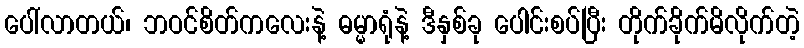
ပေါ်လာတယ်၊ ဘဝင်စိတ်ကလေးနဲ့ ဓမ္မာရုံနဲ့ ဒီနှစ်ခု ပေါင်းစပ်ပြီး တိုက်ခိုက်မိလိုက်တဲ့